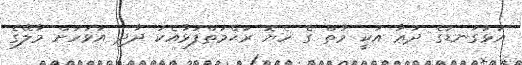
އަޅުގަނޑުގެ ދުޢާ އަކީ މާތް ގެ ހެޔޮ ރަޙްމަތްފުޅާއެކު ދާދި އަވަހަށް މާލޭގެ